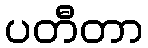
ပတီတာ